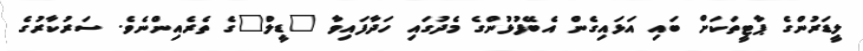
ލީޑަރުންގެ ޕާޓީތަކަށް ބައި އަޅައިގެން އެބޭފުޅުންގެ މެދުގައި ހަދާފައިވާ "ޑީލް"ގެ ތެރެއިންނެވެ. ސަރުކާރުގެ